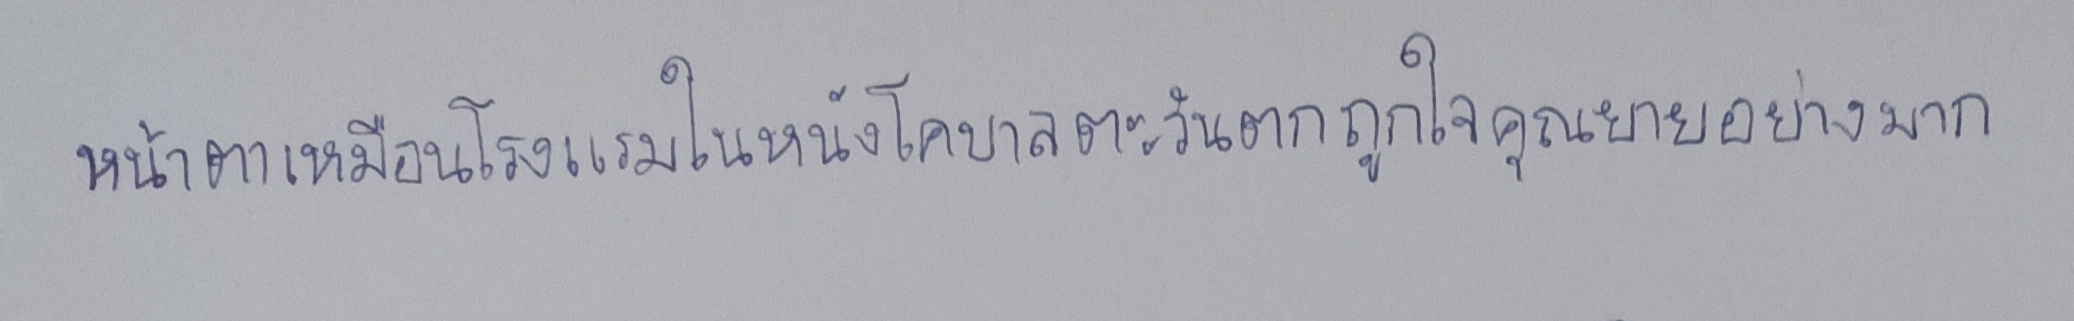
หน้าตาเหมือนโรงแรมในหนังโคบาลตะวันตกถูกใจคุณยายอย่างมาก